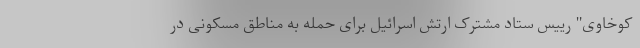
کوخاوی" رییس ستاد مشترک ارتش اسرائیل برای حمله به مناطق مسکونی در